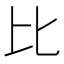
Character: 比